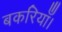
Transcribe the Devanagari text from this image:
बकरियाँ।